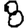
Digit: 8